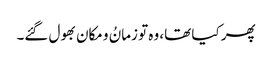
پھر کیا تھا، وہ تو زمانُ و مکان بھول گئے۔